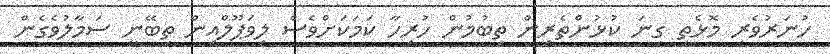
ހުނަރުވެރި މޮޅެތި ގިނަ ކުޅުންތެރިން ތިބުމުން ހުރިހާ ކަމަކަށްވެސް ލިވަޕޫލްއިން ތިބޭނީ ސަމާލުވެގެން